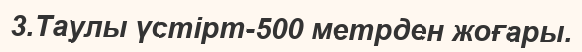
3.Таулы үстірт-500 метрден жоғары.